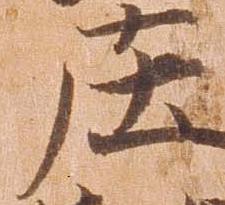
庄